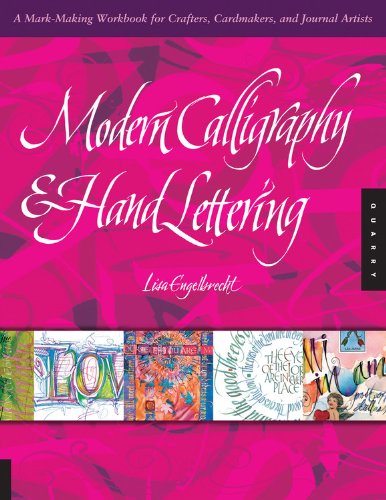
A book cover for Modern Calligraphy and Hand Lettering: A Mark-Making Workbook for Crafters, Cardmakers, and Journal Artists; Lisa Engelbrecht; Arts & Photography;